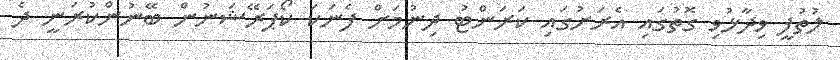
ލުތުފީ ވިދާޅުވި ގޮތުގައި އެރަށުގައި ކަރަންޓު ދިނުމަށް ފެނަކަ ކޯޕަރޭޝަނުން ބޭނުންކުރަނީ ދެ